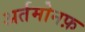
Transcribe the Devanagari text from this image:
अर्तमोनफ़